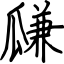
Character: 㼓